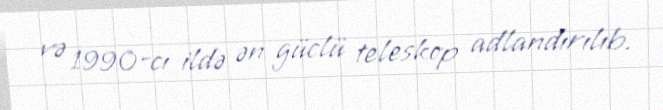
və 1990-cı ildə ən güclü teleskop adlandırılıb.